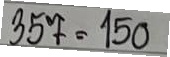
357 = 150